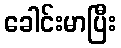
ခေါင်းမာပြီး